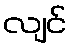
လျင်